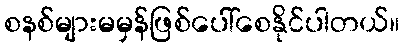
စနစ်များမမှန်ဖြစ်ပေါ်စေနိုင်ပါတယ်။